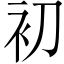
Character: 初